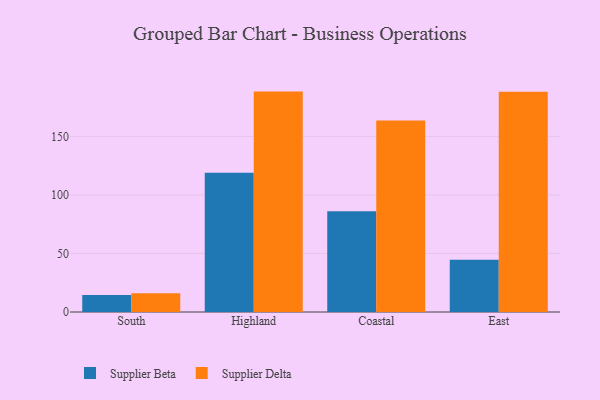
{"axis": {"x": "Region", "y": "Inventory Turnover"}, "legend": ["Supplier Beta", "Supplier Delta"], "data": [{"x": "South", "y": 14.6, "type": "Supplier Beta"}, {"x": "South", "y": 16.1, "type": "Supplier Delta"}, {"x": "Highland", "y": 118.9, "type": "Supplier Beta"}, {"x": "Highland", "y": 188.2, "type": "Supplier Delta"}, {"x": "Coastal", "y": 86.0, "type": "Supplier Beta"}, {"x": "Coastal", "y": 163.6, "type": "Supplier Delta"}, {"x": "East", "y": 44.6, "type": "Supplier Beta"}, {"x": "East", "y": 188.0, "type": "Supplier Delta"}]}